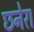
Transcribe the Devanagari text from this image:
छनेरा